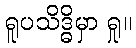
ရူပသိဒ္ဓိမှာ ရှု။